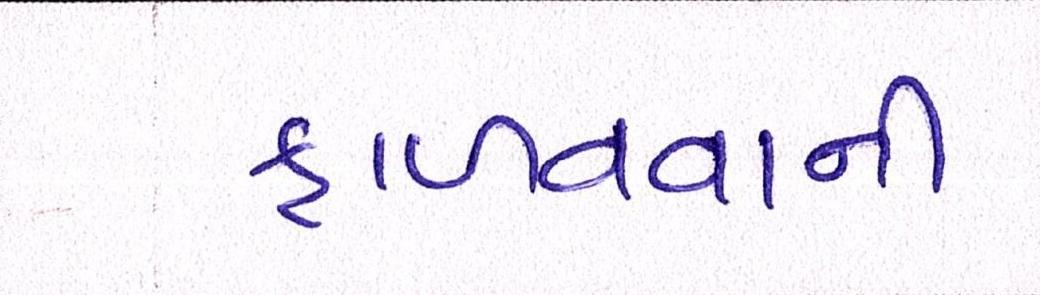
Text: ફાળવવાની